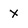
Character: x